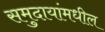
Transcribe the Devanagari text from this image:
समुदायांमधील